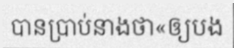
បានប្រាប់នាងថា«ឲ្យបង